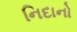
નિદાનો